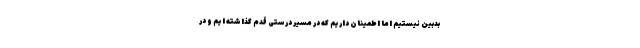
بدبین نیستیم اما اطمینان داریم که در مسیر درستی قدم گذاشته ایم و در